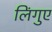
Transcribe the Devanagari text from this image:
लिंगुए